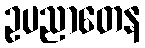
ဥပညာတေန